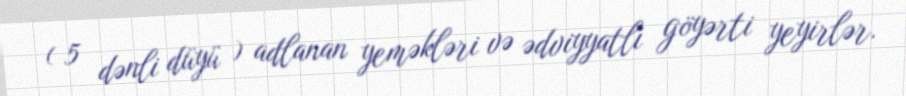
( 5 dənli düyü ) adlanan yeməkləri və ədviyyatlı göyərti yeyirlər.